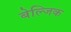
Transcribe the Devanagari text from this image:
बेल्जिक